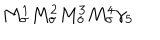
M _ { \sigma } ^ { 1 } M _ { \sigma } ^ { 2 } M _ { \sigma } ^ { 3 } M _ { \sigma } ^ { 4 } \gamma _ { 5 }